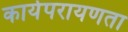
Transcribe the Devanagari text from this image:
कार्यपरायणता